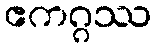
ဧကဂ္ဂဿ